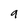
Character: 9